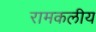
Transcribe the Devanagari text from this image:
रामकलीय